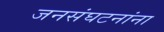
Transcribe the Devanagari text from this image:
जनसंघटनांना